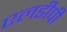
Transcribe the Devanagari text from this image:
एलडीपी